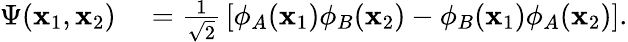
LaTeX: \begin{array}{rl}{\Psi(\mathbf{x}_{1},\mathbf{x}_{2})}&{{}={\frac{1}{\sqrt{2}}}\left[\phi_{A}(\mathbf{x}_{1})\phi_{B}(\mathbf{x}_{2})-\phi_{B}(\mathbf{x}_{1})\phi_{A}(\mathbf{x}_{2})\right].}\end{array}